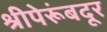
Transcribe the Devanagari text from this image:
श्रीपेरूंबदूर